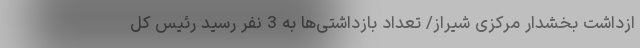
ازداشت بخشدار مرکزی شیراز/ تعداد بازداشتی‌ها به 3 نفر رسید رئیس کل